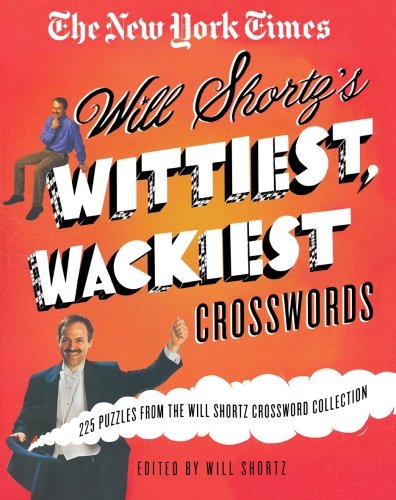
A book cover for The New York Times Will Shortz's Wittiest, Wackiest Crosswords: 225 Puzzles from the Will Shortz Crossword Collection; The New York Times; Humor & Entertainment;